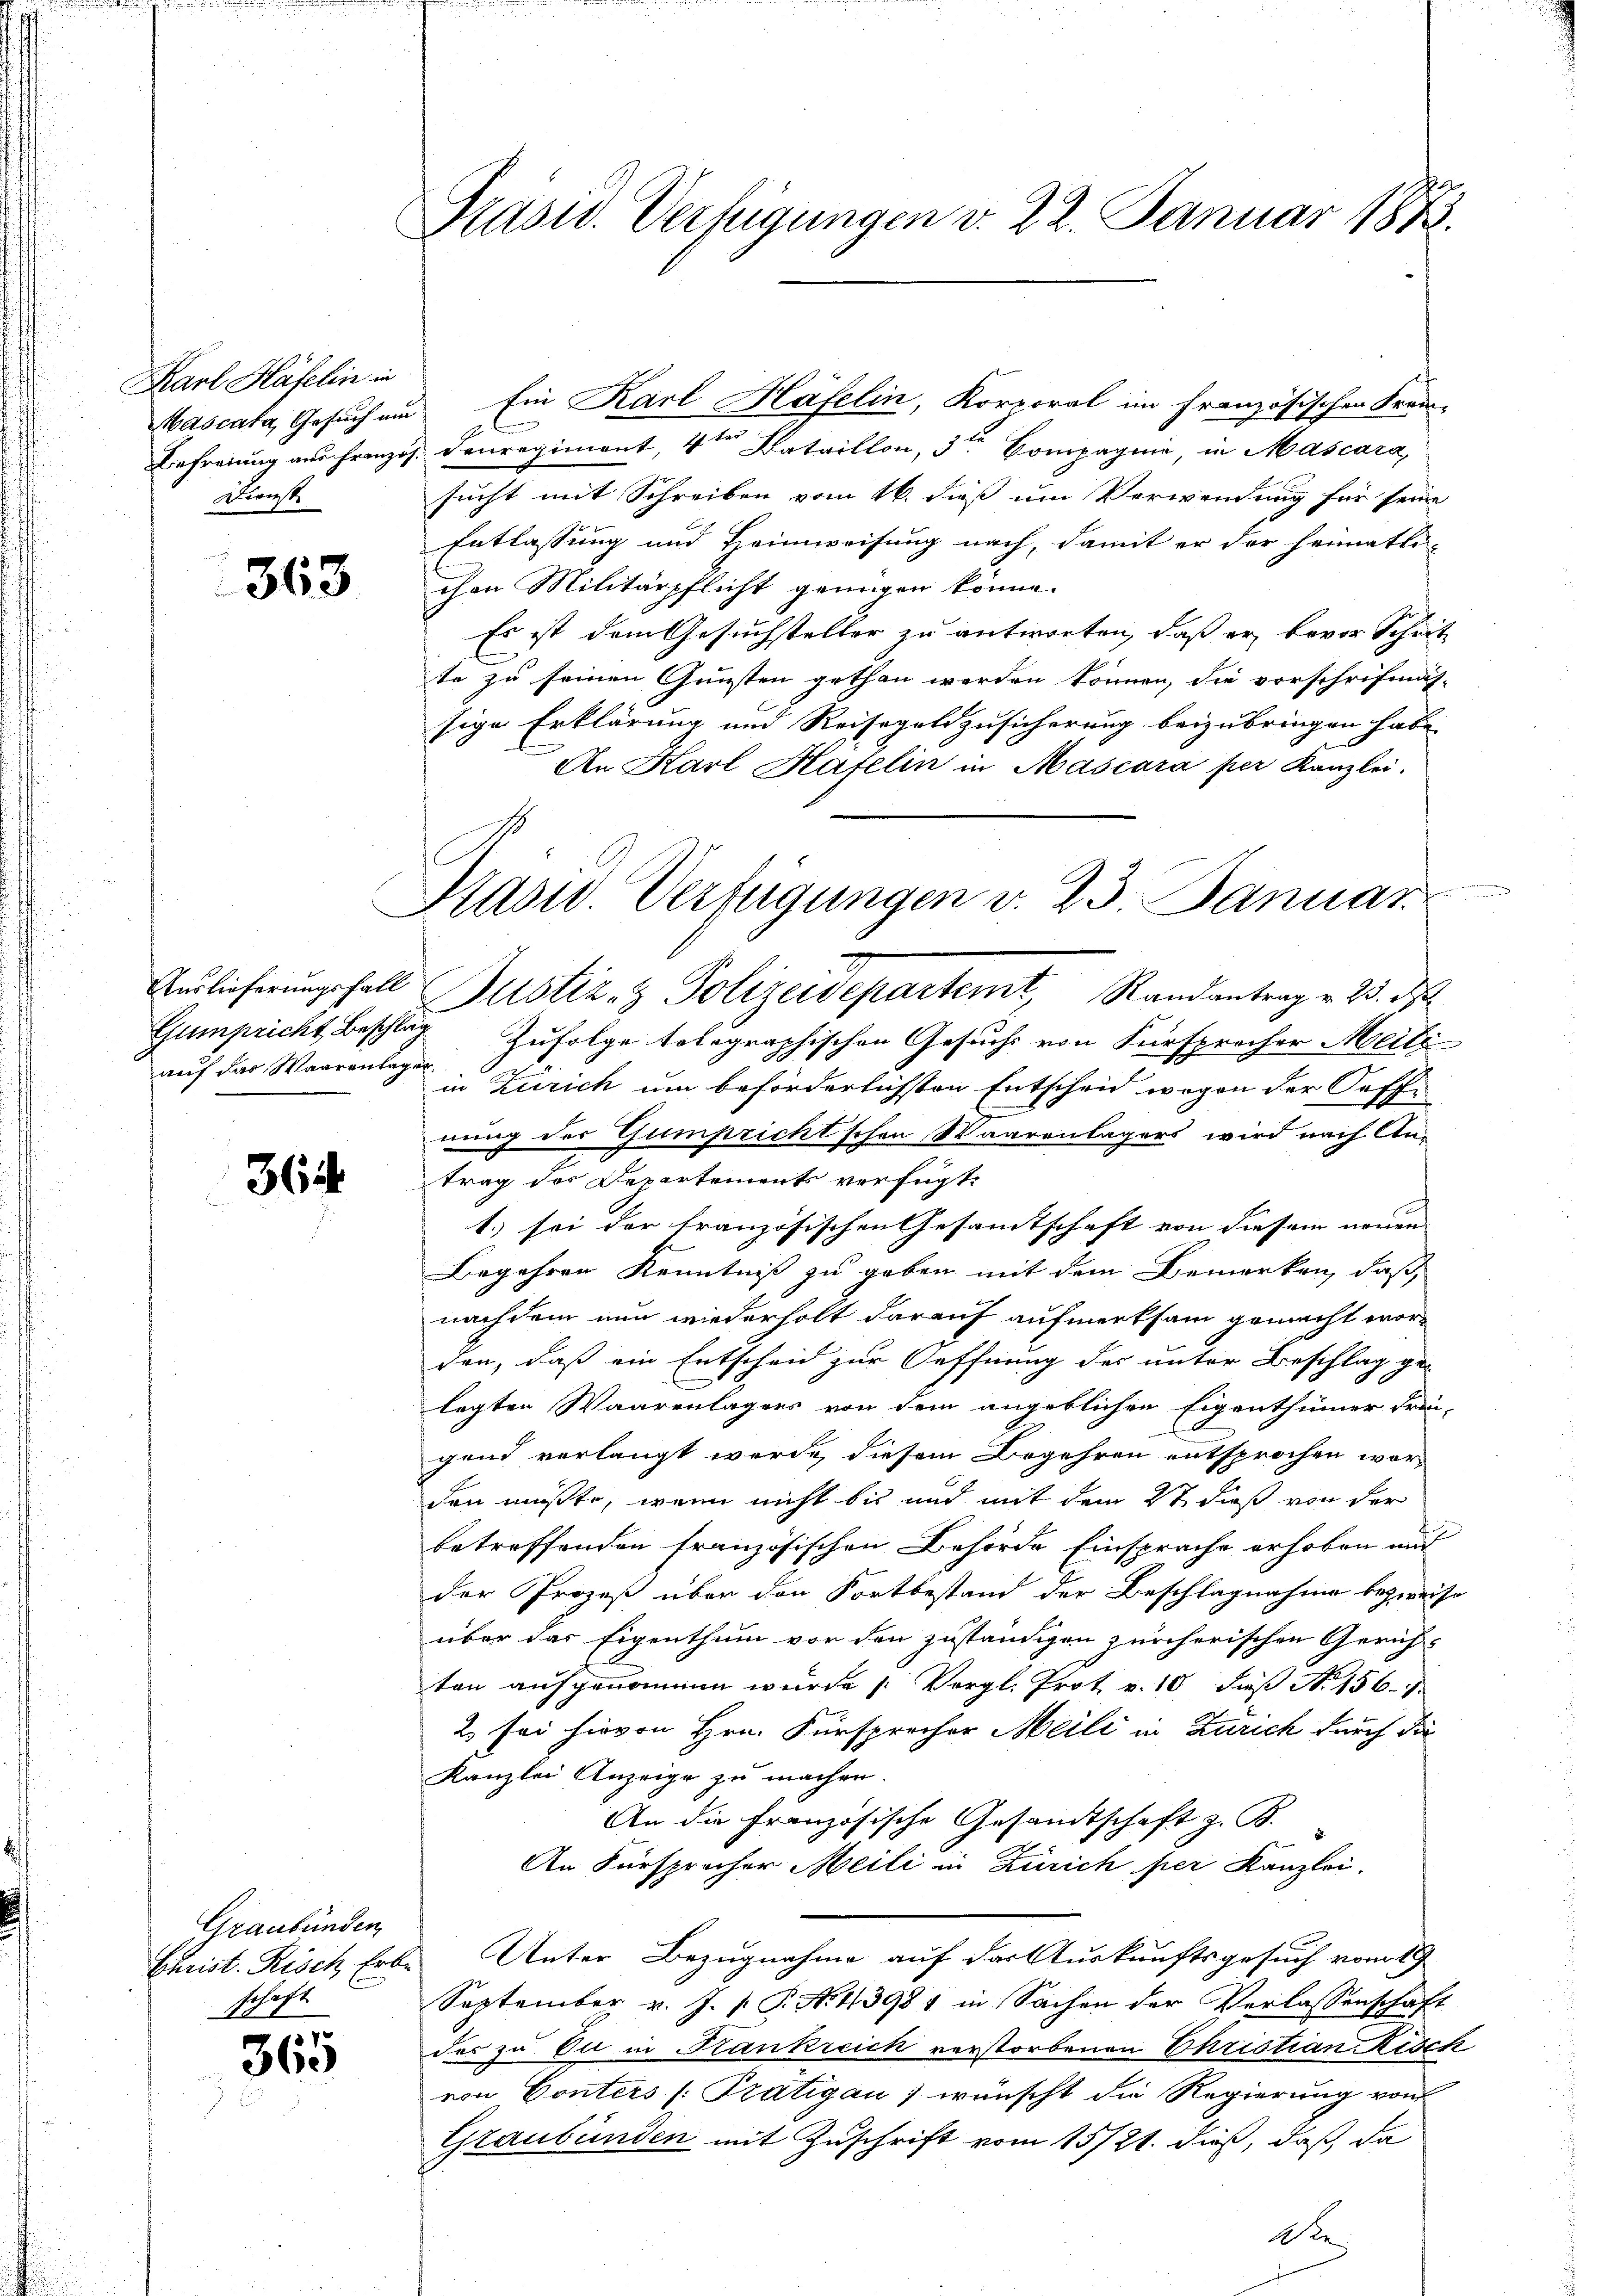
Karl Häfelin in
Mascata, Gesuch ein
Befreiung aus Franzo
Dienst

363

auf das Waarenlager.

364

Graubünden
schaft
Nr 77

365

Prasw. Verfügungen d. 22. Januar 1873.

Ein Karl Häfelin, Korporal im französischen Kran-
b
Conregiment, 4ten Bataillon, 3ten Compagnie, in Mascara,
sucht mit Schreiben vom 16. dieß um Verwendung für seine
Entlassung und Heimweisung nach, damit er der heimatli-
chen Militärpflicht genügen könne.
Es ist dem Gesuchsteller zu antworten, daß er bevor Schritt
te zu seinen Gunsten gethan werden können, die vorschrifmäh-
sige Erklärung und Reisegeldzusicherung beizubringen habe
An Karl Häfelin in Mascara per Kanzlei.
Präsid. Verfügungen v. 23. Januar

Auslieferŭngsfall Gustiz- & Polizeidepartemt, Randantrag v. 23. d

Gumpricht, Beschlag. Zufolge tolographischen Gesuchs von Fürsprocher Meili
in Zürich um beförderlichsten Entscheid wegen der Soff-
nung der Gumpricht schon Waarenlagers wird nach An-
trag des Departements verfügt:
1.) sei der französischen Gesamtschaft von diesem neuen
Begehren Kenntniß zu geben mit dem Bemerken, daß
nachdem nun wiederholt darauf aufmerksam gemacht worden, daß ein Entscheid zur Oeffnung der unter Beschlag ge-
legten Waarenlagers von dem angeblichen Eigenthümer Frei-
gend verlangt werde, diesem Begehren entsprochen wor-
den müßte, wenn nicht bis und mit dem 2t dieß von der
betreffenden französischen Behörde Einsprache erhoben und
der Prozeß über den Fortbestand der Beschlagnahme bezweife
über das Eigenthum vor den zuständigen zürcherischen Gerich-
ten aufgenommen würde (Vergl. Prot v. 10. dieß No 156.
2 sei hievon Hrn. Fürsprecher Meili in Zürich durch die
Kanzlei Anzeige zu machen.
An die Französische Gesandtschaft z. B.
An Fürsprocher Meili in Zürich per Kanzlei.
Curist. Risch Erbs Unter Bezugnahme auf der Auskunftsgesuch vom 19.
September v. J. P. P. Nr. 43981 in Sachen der Verlassenschaft
des zu Eu in Krankreich verstorbenen Christian Kisch
von Conters (Prätigau) wünscht die Regierung von
Graubünden mit Zuschrift vom 15/21. dieß, daß da
De